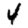
Digit: 4